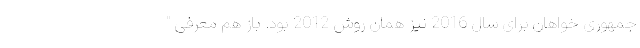
جمهوری خواهان برای سال 2016 نیز همان روش 2012 بود. باز هم معرفی "